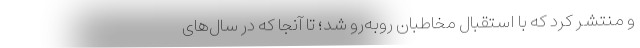
و منتشر کرد که با استقبال مخاطبان روبه‌رو شد؛ تا آنجا که در سال‌های